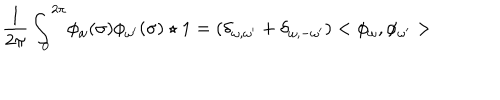
\frac { 1 } { 2 \pi } \int _ { 0 } ^ { 2 \pi } \! \phi _ { \omega } ( \sigma ) \phi _ { \omega ^ { \prime } } ( \sigma ) \star 1 = ( \delta _ { \omega , \omega ^ { \prime } } + \delta _ { \omega , - \omega ^ { \prime } } ) < \phi _ { \omega } , \phi _ { \omega ^ { \prime } } >